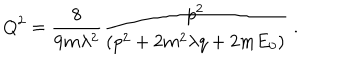
Q ^ { 2 } = \frac { 8 } { 9 m \lambda ^ { 2 } } \frac { p ^ { 2 } } { ( p ^ { 2 } + 2 m ^ { 2 } \lambda q + 2 m E _ { 0 } ) } \; .